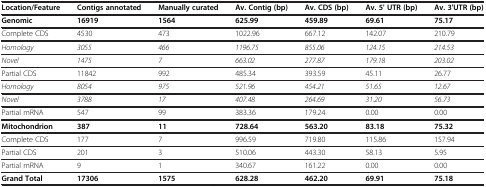
| Location/Feature | Contigs annotated | Manually curated | Av. Contig (bp) | Av. CDS (bp) | Av. 5' UTR (bp) | Av. 3'UTR (bp) |
 | --- | --- | --- | --- | --- | --- | --- |
 | Genomic | 16919 | 1564 | 625.99 | 459.89 | 69.61 | 75.17 |
 | Complete CDS | 4530 | 473 | 1022.96 | 667.12 | 142.07 | 210.79 |
 | Homology | 3055 | 466 | 1196.75 | 855.06 | 124.15 | 214.53 |
 | Novel | 1475 | 7 | 663.02 | 277.87 | 179.18 | 203.02 |
 | Partial CDS | 11842 | 992 | 485.34 | 393.59 | 45.11 | 26.77 |
 | Homology | 8054 | 975 | 521.96 | 454.21 | 51.65 | 12.67 |
 | Novel | 3788 | 17 | 407.48 | 264.69 | 31.20 | 56.73 |
 | Partial mRNA | 547 | 99 | 383.36 | 179.24 | 0.00 | 0.00 |
 | Mitochondrion | 387 | 11 | 728.64 | 563.20 | 83.18 | 75.32 |
 | Complete CDS | 177 | 7 | 996.59 | 719.80 | 115.86 | 157.94 |
 | Partial CDS | 201 | 3 | 510.06 | 443.30 | 58.13 | 5.95 |
 | Partial mRNA | 9 | 1 | 340.67 | 161.22 | 0.00 | 0.00 |
 | Grand Total | 17306 | 1575 | 628.28 | 462.20 | 69.91 | 75.18 |